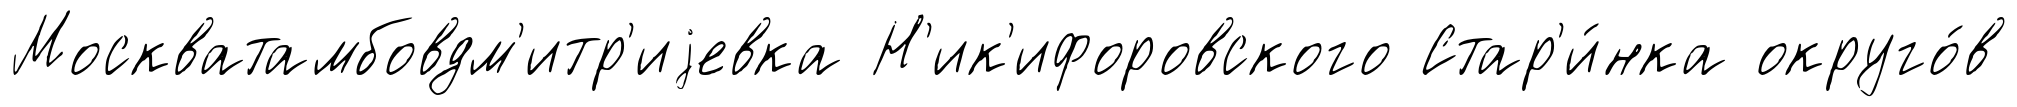
Москватамбовдм'итр'иjевка Н'ик'ифоровского Стар'и́нка округо́в